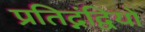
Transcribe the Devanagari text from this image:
प्रतिद्नंद्वियों